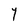
Character: Y